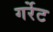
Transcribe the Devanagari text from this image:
गर्रेट